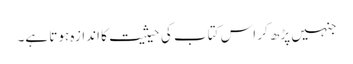
جنہیں پڑھ کر اس کتاب کی حیثیت کا اندازہ ہوتا ہے۔